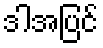
ဒါအပြင်